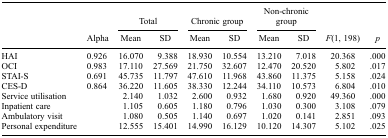
<table><thead><tr><td rowspan="2"><b> </b></td><td rowspan="2"><b>Alpha</b></td><td colspan="2"><b>Total</b></td><td colspan="2"><b>Chronic group</b></td><td colspan="2"><b>Non-chronic group</b></td><td><b> </b></td><td><b> </b></td></tr><tr><td><b>Mean</b></td><td><b>SD</b></td><td><b>Mean</b></td><td><b>SD</b></td><td><b>Mean</b></td><td><b>SD</b></td><td><b><i>F</i>(1, 198)</b></td><td><b><i>p</i></b></td></tr></thead><tbody><tr><td>HAI</td><td>0.926</td><td>16.070</td><td>9.388</td><td>18.930</td><td>10.554</td><td>13.210</td><td>7.018</td><td>20.368</td><td>.000</td></tr><tr><td>OCI</td><td>0.983</td><td>17.110</td><td>27.569</td><td>21.750</td><td>32.607</td><td>12.470</td><td>20.520</td><td>5.802</td><td>.017</td></tr><tr><td>STAI-S</td><td>0.691</td><td>45.735</td><td>11.797</td><td>47.610</td><td>11.968</td><td>43.860</td><td>11.375</td><td>5.158</td><td>.024</td></tr><tr><td>CES-D</td><td>0.864</td><td>36.220</td><td>11.605</td><td>38.330</td><td>12.244</td><td>34.110</td><td>10.573</td><td>6.804</td><td>.010</td></tr><tr><td>Service utilisation</td><td> </td><td>2.140</td><td>1.032</td><td>2.600</td><td>0.932</td><td>1.680</td><td>0.920</td><td>49.360</td><td>.000</td></tr><tr><td>Inpatient care</td><td> </td><td>1.105</td><td>0.605</td><td>1.180</td><td>0.796</td><td>1.030</td><td>0.300</td><td>3.108</td><td>.079</td></tr><tr><td>Ambulatory visit</td><td> </td><td>1.080</td><td>0.505</td><td>1.140</td><td>0.697</td><td>1.020</td><td>0.141</td><td>2.851</td><td>.093</td></tr><tr><td>Personal expenditure</td><td> </td><td>12.555</td><td>15.401</td><td>14.990</td><td>16.129</td><td>10.120</td><td>14.307</td><td>5.102</td><td>.025</td></tr></tbody></table>